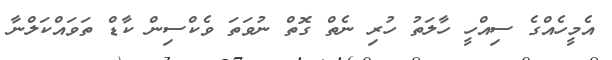
އެމީހެއްގެ ސިއްހީ ހާލަތު ހުރި ނެތް ގޮތް ނުވަތަ ވެކްސިން ކާޑް ތަވައްކަލްނާ